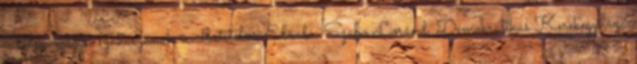
Tolna megyei szakaszának rendbetételére Előadó: Szabó Loránd, Demokratikus Kerekegyháza